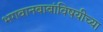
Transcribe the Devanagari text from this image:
भगवानबाबांविषयीच्या